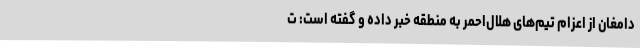
دامغان از اعزام تیم‌های هلال‌احمر به منطقه خبر داده و گفته است: ت